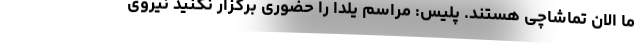
ما الان تماشاچی هستند. پلیس: مراسم یلدا را حضوری برگزار نکنید نیروی